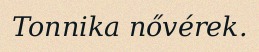
Tonnika nővérek.